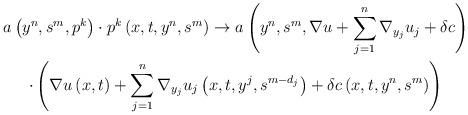
LaTeX: \begin{gather*}a\left( y^{n},s^{m},p^{k}\right) \cdot p^{k}\left( x,t,y^{n},s^{m}\right)\rightarrow a\left( y^{n},s^{m},\nabla u+\sum\limits_{j=1}^{n}\nabla_{y_{j}}u_{j}+\delta c\right) \\\cdot \left( \nabla u\left( x,t\right) +\sum\limits_{j=1}^{n}\nabla_{y_{j}}u_{j}\left( x,t,y^{j},s^{m-d_{j}}\right) +\delta c\left(x,t,y^{n},s^{m}\right) \right)\end{gather*}